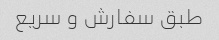
طبق سفارش و سریع